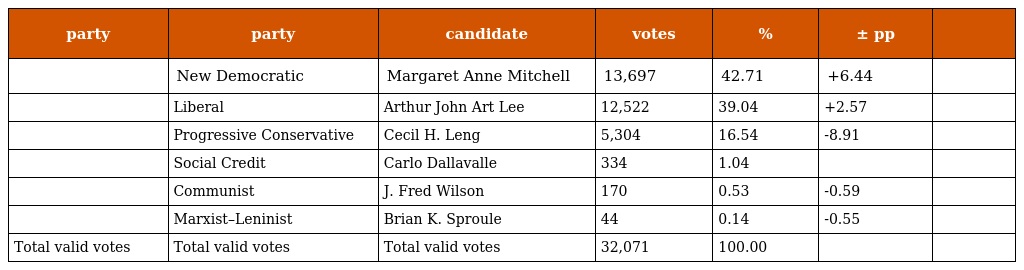
| party | party | candidate | votes | % | ± pp |  |
 | --- | --- | --- | --- | --- | --- | --- |
 |  | New Democratic | Margaret Anne Mitchell | 13,697 | 42.71 | +6.44 |  |
 |  | Liberal | Arthur John Art Lee | 12,522 | 39.04 | +2.57 |  |
 |  | Progressive Conservative | Cecil H. Leng | 5,304 | 16.54 | -8.91 |  |
 |  | Social Credit | Carlo Dallavalle | 334 | 1.04 |  |  |
 |  | Communist | J. Fred Wilson | 170 | 0.53 | -0.59 |  |
 |  | Marxist–Leninist | Brian K. Sproule | 44 | 0.14 | -0.55 |  |
 | Total valid votes | Total valid votes | Total valid votes | 32,071 | 100.00 |  |  |